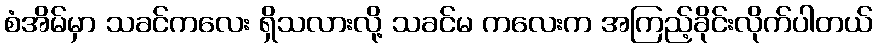
စံအိမ်မှာ သခင်ကလေး ရှိသလားလို့ သခင်မ ကလေးက အကြည့်ခိုင်းလိုက်ပါတယ်